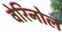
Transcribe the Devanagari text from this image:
वेरिनोल